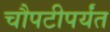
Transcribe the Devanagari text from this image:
चौपटीपर्यंत